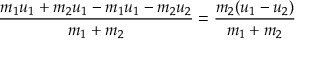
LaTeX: { \frac { m _ { 1 } u _ { 1 } + m _ { 2 } u _ { 1 } - m _ { 1 } u _ { 1 } - m _ { 2 } u _ { 2 } } { m _ { 1 } + m _ { 2 } } } = { \frac { m _ { 2 } ( u _ { 1 } - u _ { 2 } ) } { m _ { 1 } + m _ { 2 } } }